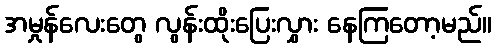
အမှုန်လေးတွေ လွန်းထိုးပြေးလွှား နေကြတော့မည်။